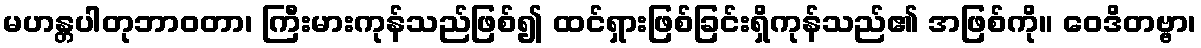
မဟန္တပါတုဘာဝတာ၊ ကြီးမားကုန်သည်ဖြစ်၍ ထင်ရှားဖြစ်ခြင်းရှိကုန်သည်၏ အဖြစ်ကို။ ဝေဒိတဗ္ဗာ၊